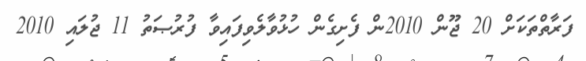
ފަރާތްތަކަށް 20 ޖޫން 2010ން ފެށިގެން ހުޅުވާލެވިފައިވާ ފުރުޞަތު 11 ޖުލައި 2010